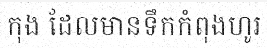
កុង ដែលមានទឹកកំពុងហូរ